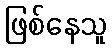
ဖြစ်နေသူ